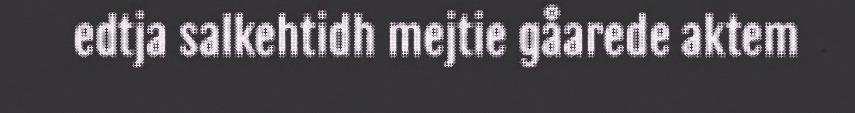
edtja salkehtidh mejtie gåarede aktem